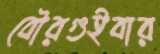
বৌরগুইবার